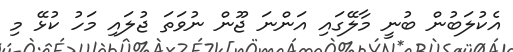
އެކުލަބުން ބުނީ މާލޭގައި އަންނަ ޖޫން ނުވަތަ ޖުލައި މަހު ކުޅޭ މި